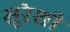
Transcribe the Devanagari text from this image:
सूरेशी